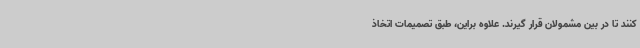
کنند تا در بین مشمولان قرار گیرند. علاوه براین، طبق تصمیمات اتخاذ